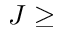
J \ge